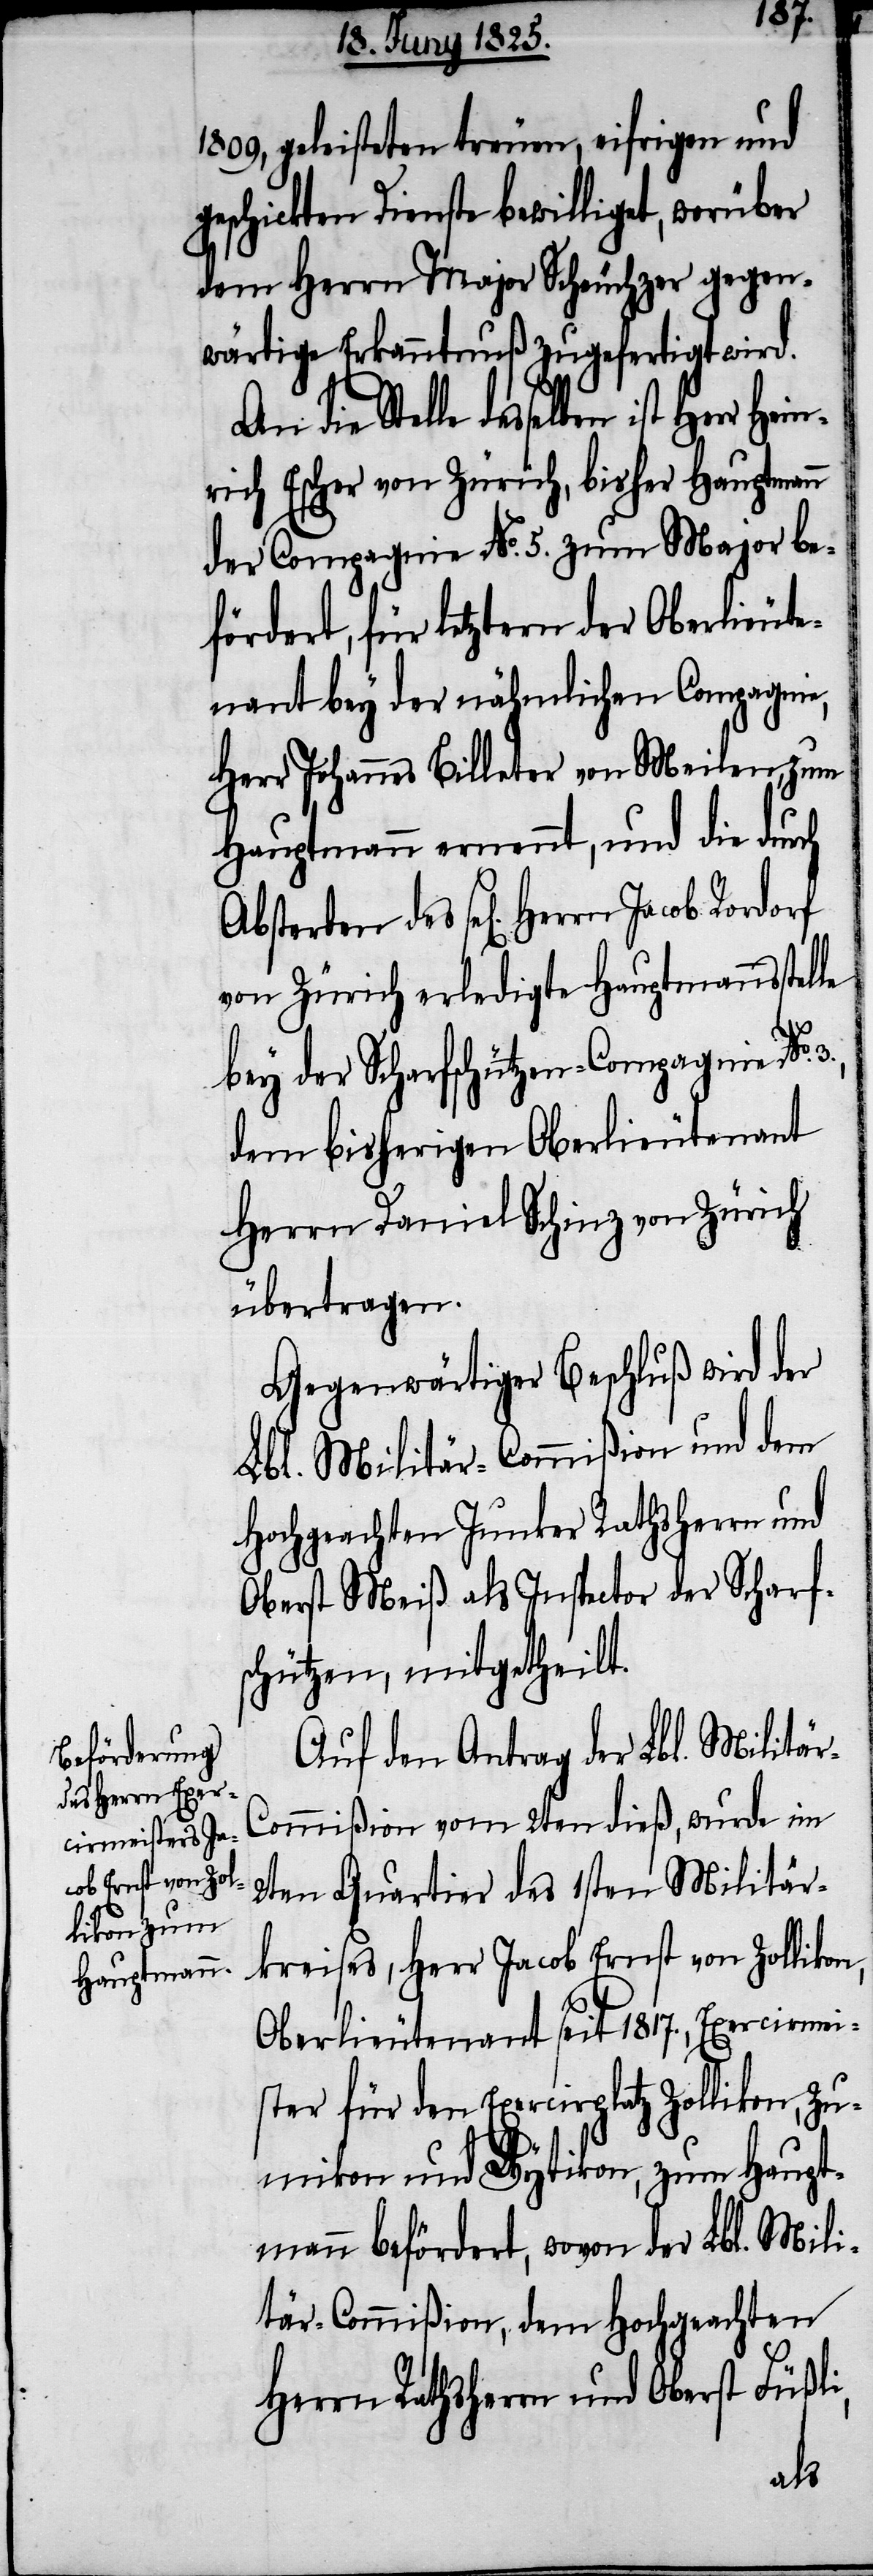
1809. geleisteten treuen, eifrigen und
schickten Dienste bewilligt, worüber
dem Herrn Major Scheuchzer gegen¬
wärtige Erkanntnuß zugefertigt wird.
des sel[igen] Herrn
nrich Escher von Zürich, bisher Hauptmann
der Compagnie No. 5. zum Major be¬
fördert, für letztern der Oberlieute¬
nant bey der nähmlichen Compagnie,
Herr Johannes Billeter von Meilen, zum
Hauptmann ernennt, und die durch
von Zürich erledigte Hauptmannsstelle
bey der Scharfschützen-Compagnie No.
dem bisherigen Oberlieutenant
Herrn Daniel Schinz von Zürich
über tragen.
Gegenwärtiger Beschluß wird der
Lbl. Militär-Commißion und dem
Hochgeachten Junker Rathsherrn und
Oberst Meiß als Inspector der Schaf¬
schützen, mitgetheilt.
Auf den Antrag der Lbl. Militär-C¬
ommißion vom 2ten dieß, wurde im
2ten Quartier des 1sten Militär¬
kreises, Herr Jacob Ernst von Zollikon,
Oberlieutenant seit 1817., Exercirmei¬
ster für den Exercirplatz Zollikon, Zu¬
mikon und Wytikon, zum Haupt¬
mann befördert, wovon der Lbl. Mili¬
tär-Commißion, dem Hochgeachten
Herrn Rathsherrn und Oberst Füßl¬
i,